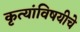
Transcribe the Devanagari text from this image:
कृत्यांविषयीचे